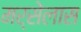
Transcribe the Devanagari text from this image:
मर्सेलास